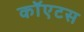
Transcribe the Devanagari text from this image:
कॉएटस